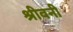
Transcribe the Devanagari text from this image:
श्रीवनी